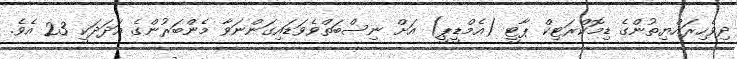
ދިވެހިރައްޔިތުންގެ ޑިމޮކްރަޓިކް ޕާޓީ (އެމްޑީޕީ) އަށް ނިސްބަތްވެވަޑައިގަންނަވާ މެންބަރުންގެ އަދަދަކީ 23 އެވެ.